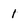
Character: 1